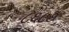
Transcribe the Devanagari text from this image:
८६८७